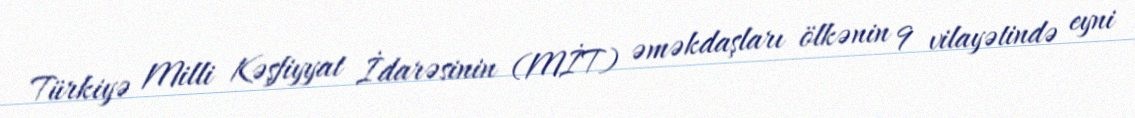
Türkiyə Milli Kəşfiyyat İdarəsinin (MİT) əməkdaşları ölkənin 9 vilayətində eyni